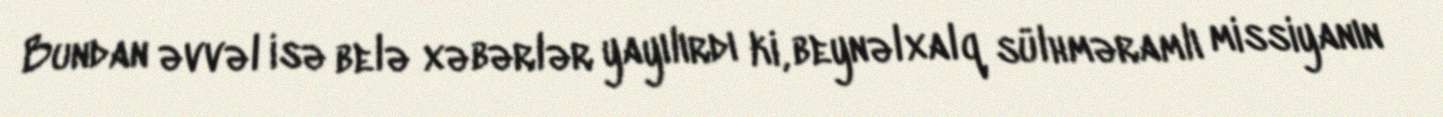
Bundan əvvəl isə belə xəbərlər yayılırdı ki, beynəlxalq sülhməramlı missiyanın